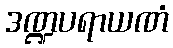
ဒဏ္ဍပရာယဏံ